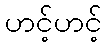
ဟင့်ဟင့်